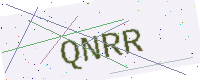
Text: QNRR